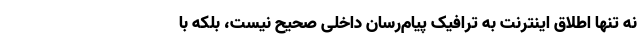
نه تنها اطلاق اینترنت به ترافیک پیام‌رسان داخلی صحیح نیست، بلکه با